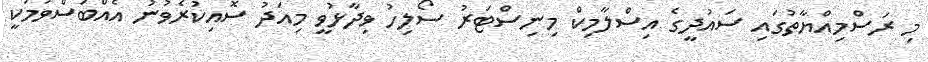
މި ރަސްމިއްޔާތުގައި ސައުދީގެ އިސްލާމިކް މިނިސްޓަރު ސޯލިހު ވިދާޅުވީ މިއަދު ސޮއިކުރެވުނު އެއްބަސްވުމަކީ